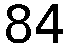
84